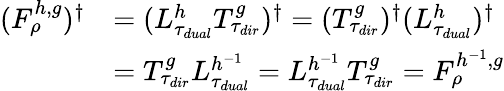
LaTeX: \begin{array}{rl}{(F_{\rho}^{h,g})^{\dagger}}&{=(L_{\tau_{dual}}^{h}T_{\tau_{dir}}^{g})^{\dagger}=(T_{\tau_{dir}}^{g})^{\dagger}(L_{\tau_{dual}}^{h})^{\dagger}}\\ &{=T_{\tau_{dir}}^{g}L_{\tau_{dual}}^{h^{-1}}=L_{\tau_{dual}}^{h^{-1}}T_{\tau_{dir}}^{g}=F_{\rho}^{h^{-1},g}}\end{array}